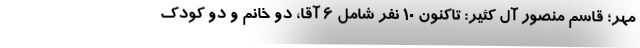
مهر؛ قاسم منصور آل کثیر: تاکنون ۱۰ نفر شامل ۶ آقا، دو خانم و دو کودک